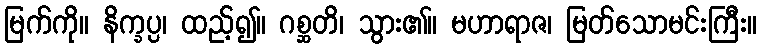
မြက်ကို။ နိက္ခပ္ပ၊ ထည့်၍။ ဂစ္ဆတိ၊ သွား၏။ မဟာရာဇ၊ မြတ်သောမင်းကြီး။